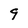
Character: 9